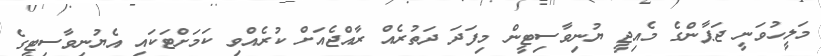
މަލީހުވަނީ ޖަޕާންގެ މެއިޖީ ޔުނިވާސިޓީން މިފަދަ ދަތުރެއް ރާއްޖެއަށް ކުރެއްވި ކަމަށްޓަކައި އެޔުނިވާސިޓީގެ